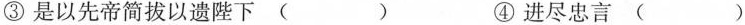
①以咨诹善道( ) ②然后施行( )